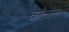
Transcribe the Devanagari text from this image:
काॅलोन